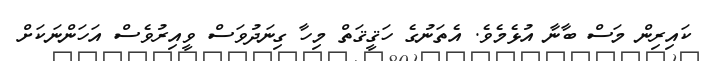
ކައިރިން މަސް ބާނާ އުޅެމެވެ. އެތަނުގެ ހަޤީޤަތް މިހާ ގިނަދުވަސް ވީއިރުވެސް އަހަންނަކަށް